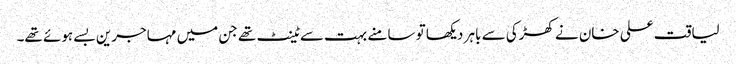
لیاقت علی خان نے کھڑکی سے باہر دیکھا تو سامنے بہت سے ٹینٹ تھے جن میں مہاجرین بسے ہوئے تھے۔